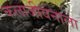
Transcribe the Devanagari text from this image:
कलाजीवनाला